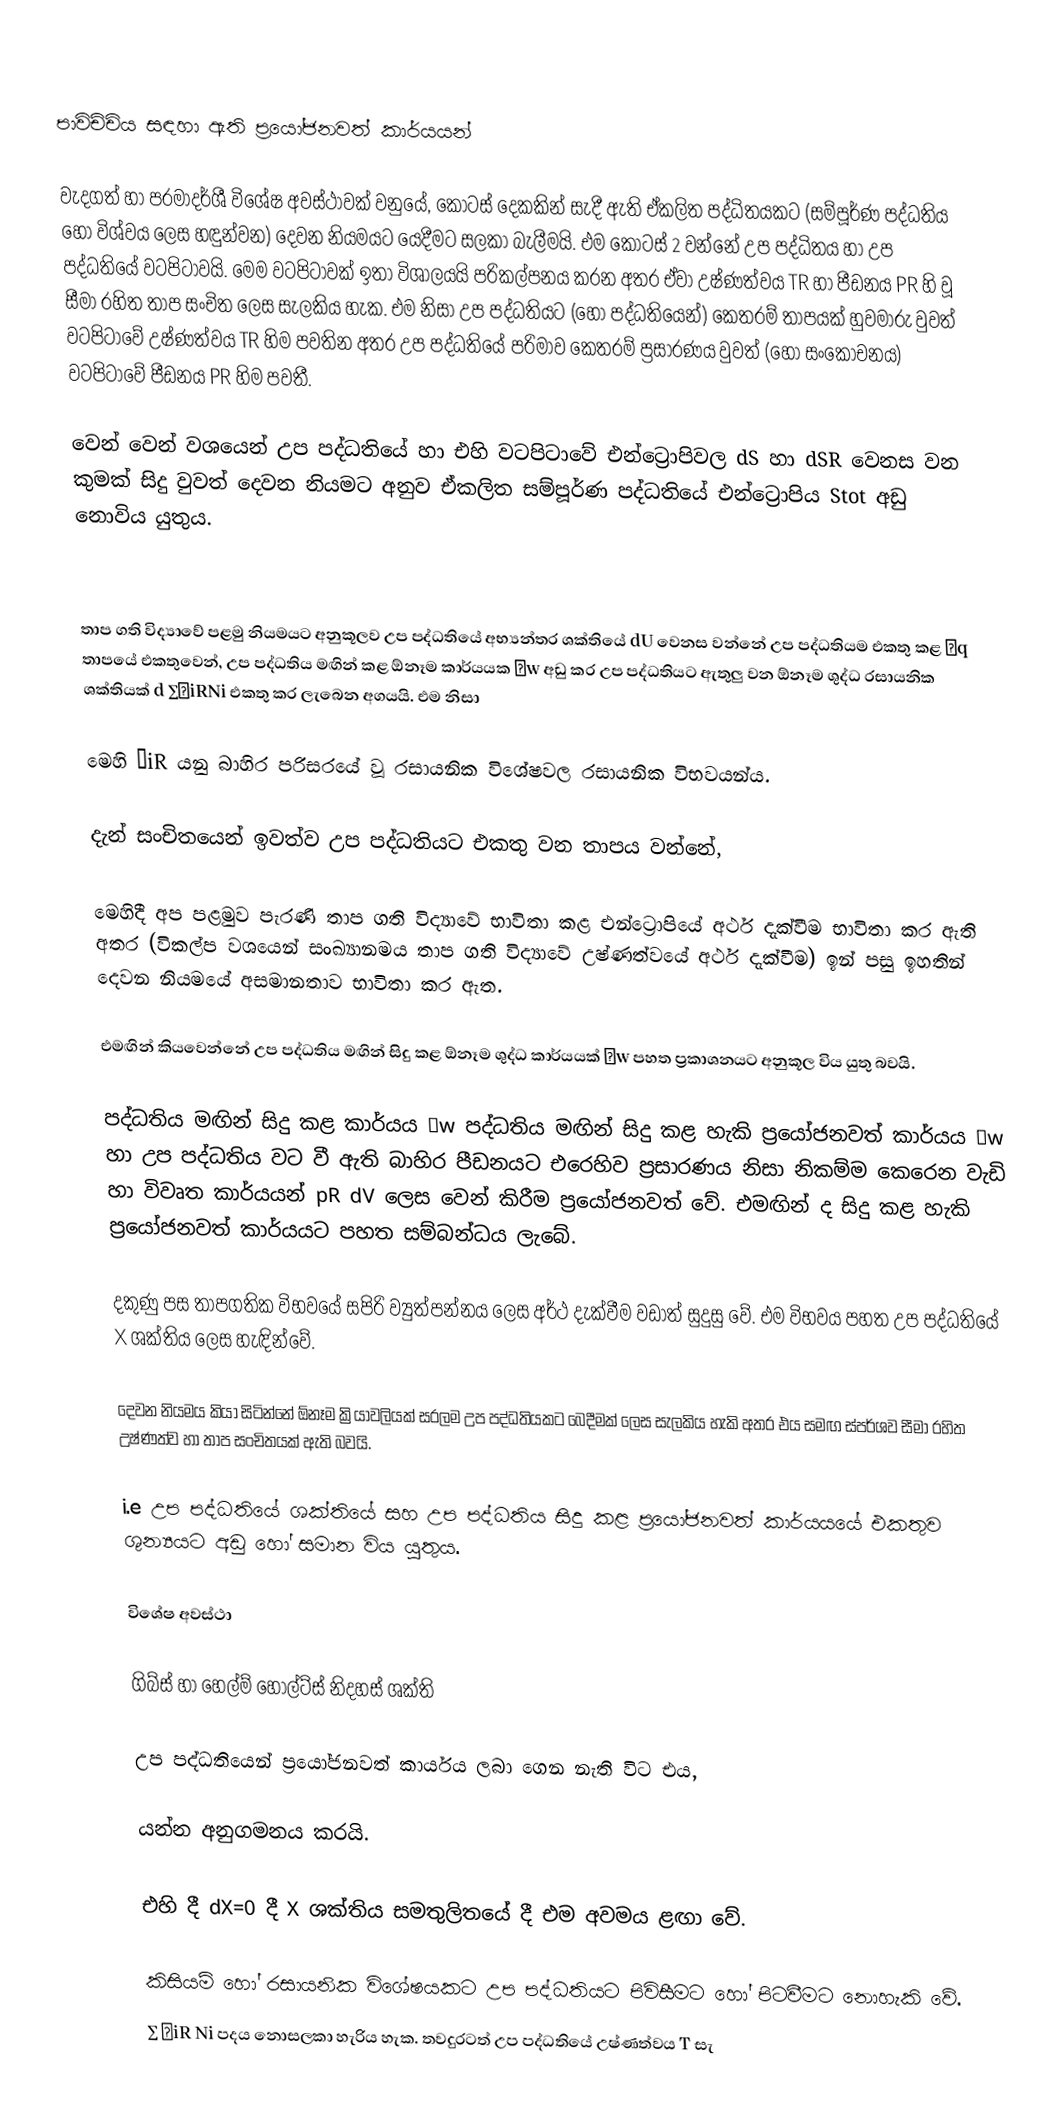

පාවිච්චිය සඳහා ඇති ප්‍රයෝජනවත් කාර්යයන්

වැදගත් හා පරමාදර්ශී විශේෂ අවස්ථාවක් වනුයේ, කොටස් දෙකකින් සැදී ඇති ඒකලිත පද්ධිතයකට (සම්පූර්ණ පද්ධතිය හෝ විශ්වය ලෙස හඳුන්වන) දෙවන නියමයට යෙදීමට සලකා බැලීමයි. එම කොටස් 2 වන්නේ උප පද්ධිතය හා උප පද්ධතියේ වටපිටාවයි. මෙම වටපිටාවක් ඉතා විශාලයයි පරිකල්පනය කරන අතර ඒවා උෂ්ණත්වය TR හා පීඩනය PR  හි වූ සීමා රහිත තාප සංචිත ලෙස සැලකිය හැක. එම නිසා උප පද්ධතියට (හෝ පද්ධතියෙන්) කෙතරම් තාපයක් හුවමාරු වුවත් වටපිටාවේ උෂ්ණත්වය TR  හිම පවතින අතර උප පද්ධතියේ පරිමාව කෙතරම් ප්‍රසාරණය වුවත් (හෝ සංකෝචනය) වටපිටාවේ පීඩනය PR  හිම පවතී.

වෙන් වෙන් වශයෙන් උප පද්ධතියේ හා එහි වටපිටාවේ එන්ට්‍රොපිවල dS හා  dSR වෙනස වන කුමක් සිදු වුවත් දෙවන නියමට අනුව ඒකලිත සම්පූර්ණ පද්ධතියේ එන්ට්‍රොපිය Stot  අඩු නොවිය යුතුය.

තාප ගති විද්‍යාවේ පළමු නියමයට අනුකූලව උප පද්ධතියේ අභ්‍යන්තර ශක්තියේ dU  වෙනස වන්නේ උප පද්ධතියම එකතු කළ δq තාපයේ එකතුවෙන්, උප පද්ධතිය මඟින් කළ ඕනෑම කාර්යයක δw අඩු කර උප පද්ධතියට ඇතුලු වන ඕනෑම ශුද්ධ රසායනික ශක්තියක් d ∑μiRNi එකතු කර ලැබෙන අගයයි. එම නිසා

මෙහි μiR යනු බාහිර පරිසරයේ වූ රසායනික විශේෂවල රසායනික විභවයන්ය.

දැන් සංචිතයෙන් ඉවත්ව උප පද්ධතියට එකතු වන තාපය වන්නේ,

මෙහිදී අප පළමුව පැරණි තාප ගති විද්‍යාවේ භාවිතා කළ එන්ට්‍රොපියේ අර්ථ දැක්වීම භාවිතා කර ඇති අතර (විකල්ප වශයෙන් සංඛ්‍යානමය තාප ගති විද්‍යාවේ උෂ්ණත්වයේ අර්ථ දැක්වීම) ඉන් පසු ඉහතින් දෙවන නියමයේ අසමානතාව භාවිතා කර ඇත.

එමඟින් කි‍යවෙන්නේ උප පද්ධතිය මඟින් සිදු කළ ඕනෑම ශුද්ධ කාර්යයක් δw පහත ප්‍රකාශනයට අනුකූල විය යුතු බවයි.

පද්ධතිය මඟින් සිදු කළ කාර්යය δw පද්ධතිය මඟින් සිදු කළ හැකි ප්‍රයෝජනවත් කාර්යය δw හා උප පද්ධතිය වට වී ඇති බාහිර පීඩනයට එරෙහිව ප්‍රසාරණය නිසා නිකම්ම කෙරෙන වැඩි හා විවෘත කාර්යයන් pR dV ලෙස වෙන් කිරීම ප්‍රයෝජනවත් වේ. එමඟින් ද සිදු කළ හැකි ප්‍රයෝජනවත් කාර්යයට පහත සම්බන්ධය ලැබේ.

දකුණු පස තාපගතික විභවයේ සපිරි ව්‍යුත්පන්නය ලෙස අර්ථ දැක්වීම වඩාත් සුදුසු වේ. එම විභවය පහත උප පද්ධතියේ X  ශක්තිය ලෙස හැඳින්වේ.

දෙවන නියමය කියා සිටින්නේ ඕනෑම ක්‍රියාවලියක් සරලම උප පද්ධතියකට බෙදීමක් ලෙස සැලකිය හැකි අතර එය සමඟ ස්පර්ශව සීමා රහිත උෂ්ණත්ව හා තාප සංචිතයක් ඇති බවයි.

i.e උප පද්ධතියේ ශක්තියේ සහ උප පද්ධතිය සිදු කළ ප්‍රයෝජනවත් කාර්යයයේ එකතුව ශුන්‍යයට අඩු හෝ සමාන විය යුතුය.

විශේෂ අවස්ථා

ගිබ්ස් හා හෙල්ම් හෝල්ට්ස් නිදහස් ශක්ති

උප පද්ධතියෙන් ප්‍රයෝජනවත් කාර්යය ලබා ගෙන නැති විට එය,

යන්න අනුගමනය කරයි.

එහි දී dX=0 දී  X ශක්තිය සමතුලිතයේ දී එම අවමය ළඟා වේ.

කිසියම් හෝ රසායනික විශේෂයකට උප පද්ධතියට පිවිසීමට හෝ පිටවීමට නොහැකි වේ.
∑ μiR  Ni පදය නොසලකා හැරිය හැක. තවදුරටත් උප පද්ධතියේ උෂ්ණත්වය T සැ